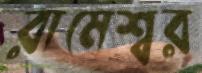
রামেশ্বর